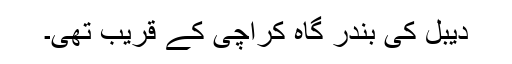
دیبل کی بندر گاہ کراچی کے قریب تھی۔